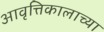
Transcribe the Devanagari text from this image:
आवृत्तिकालाच्या